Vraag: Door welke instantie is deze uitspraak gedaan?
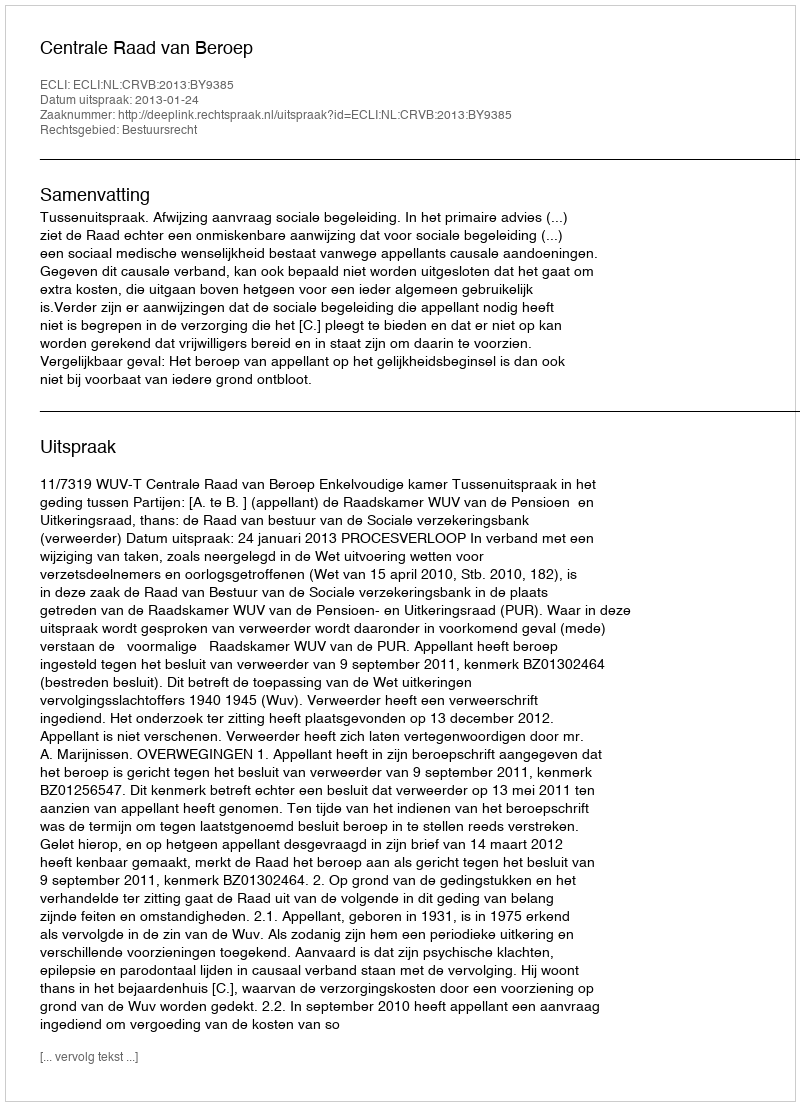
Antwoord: Centrale Raad van Beroep